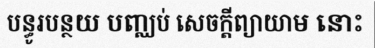
បន្ធូរបន្ថយ បញ្ឈប់ សេចក្តីព្យាយាម នោះ